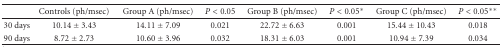
<table><thead><tr><td></td><td><b>Controls (ph/msec)</b></td><td><b>Group A (ph/msec)</b></td><td><b><i>P</i> &lt; 0.05</b></td><td><b>Group B (ph/msec)</b></td><td><b><i>P</i> &lt; 0.05*</b></td><td><b>Group C (ph/msec)</b></td><td><b><i>P</i> &lt; 0.05**</b></td></tr></thead><tbody><tr><td>30 days</td><td>10.14 ± 3.43</td><td>14.11 ± 7.09</td><td>0.021</td><td>22.72 ± 6.63</td><td>0.001</td><td>15.44 ± 10.43</td><td>0.018</td></tr><tr><td>90 days</td><td>8.72 ± 2.73</td><td>10.60 ± 3.96</td><td>0.032</td><td>18.31 ± 6.03</td><td>0.001</td><td>10.94 ± 7.39</td><td>0.034</td></tr></tbody></table>